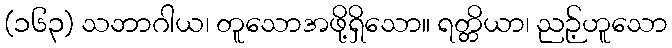
(၁၆၃) သဘာဂါယ၊ တူသောအဖို့ရှိသော။ ရတ္တိယာ၊ ညဉ့်ဟူသော